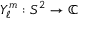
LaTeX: Y _ { \ell } ^ { m } : S ^ { 2 } \to \mathbb { C }